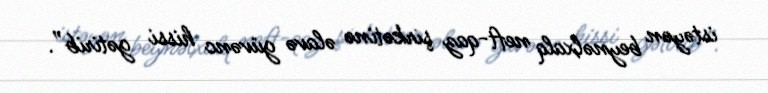
istəyən beynəlxalq neft-qaz şirkətinə əlavə güvənc hissi gətirib”.